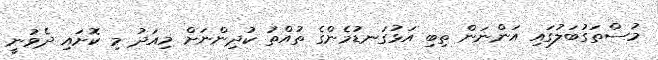
މުސްތަގުބަލުގައި އަންނަން ތިބި އަޅުގަނޑުމެންގެ ތުއްތު ކުދިންނަށް މިއަދު މި ކޮށައި ދެވުނީ